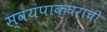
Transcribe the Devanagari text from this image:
स्वयंपाकघराची